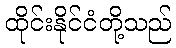
ထိုင်းနိုင်ငံတို့သည်